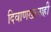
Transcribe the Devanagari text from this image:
दिवाणखानाही